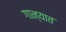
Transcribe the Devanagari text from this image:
गान्यात